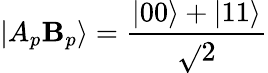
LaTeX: |A_{p}\mathbf{B}_{p}\rangle={\frac{{|00\rangle+|11\rangle}}{{\sqrt{}{{2}}}}}